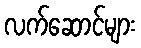
လက်ဆောင်များ